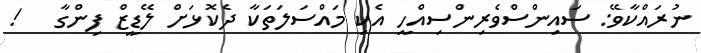
ނުރައްކާވޭ: ސައިންސްވެރިންސިއްހީ އެކި މައްސަލަތަކާ ދެކޮޅަށް ލޭޑީޒް ފިންގާ   !